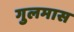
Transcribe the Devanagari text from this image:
गुलमास